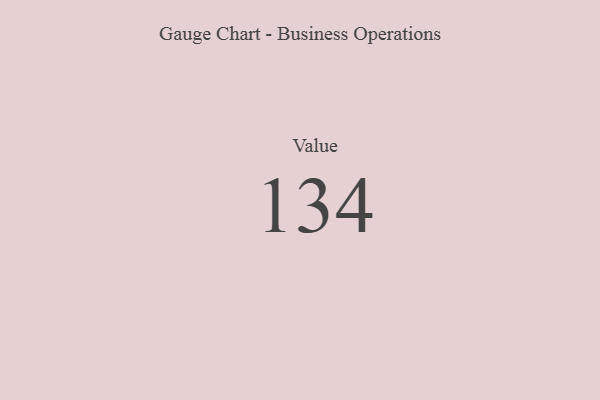
{"axis": {"x": "Metric", "y": "Value"}, "legend": [""], "data": [{"x": "Value", "y": 134, "type": ""}]}